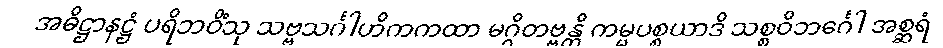
အဓိဋ္ဌာနဋ္ဌံ ပရိဘဝိံသု သဗ္ဗသင်္ဂါဟိကကထာ မဂ္ဂိတဗ္ဗန္တိ ကမ္မပစ္စယာဒိ သစ္စဝိဘင်္ဂေါ အစ္ဆရံ